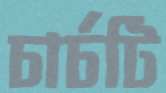
চার্চটি